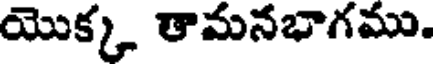
యొక్క తామనభాగము.